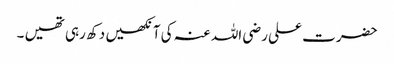
حضرت علی رضی اللہ عنہ کی آنکھیں دکھ رہی تھیں ۔